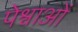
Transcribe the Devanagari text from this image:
पेश्वाओं